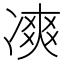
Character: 𠗾